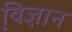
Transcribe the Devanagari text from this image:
वि़ज्ञान